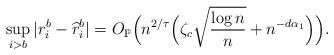
LaTeX: \begin{align*}\sup_{i>b}|r_i^b-\widehat{r}_i^b|=O_{\mathbb{P}}\Big( n^{2/\tau}\Big(\zeta_c \sqrt{\frac{\log n}{n}}+n^{-d\alpha_1} \Big) \Big). \end{align*}